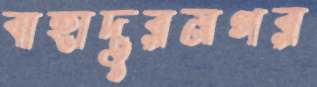
বাহাদুরনগর